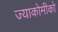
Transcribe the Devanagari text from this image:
ज्याकोमीको